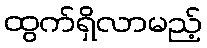
ထွက်ရှိလာမည့်